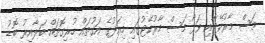
މަސް މާރުކޭޓާއި ވަޅޯ މަސް މާރުކޭޓުގައި މިއަދުގެ އަގުތައް ހުރިގޮތައް ބަލާއިރު ބޮޑު